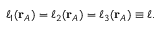
\ell _ { 1 } ( \mathbf { r } _ { A } ) = \ell _ { 2 } ( \mathbf { r } _ { A } ) = \ell _ { 3 } ( \mathbf { r } _ { A } ) \equiv \ell .